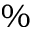
\%